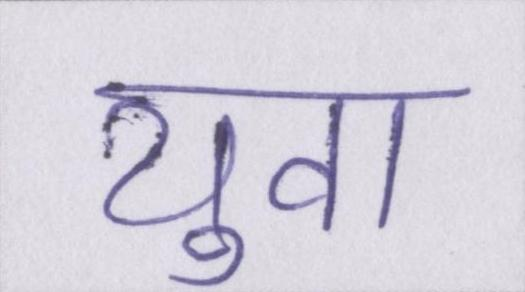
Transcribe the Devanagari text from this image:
युवा